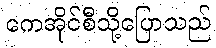
ကေအိုင်စီသို့ပြောသည်